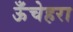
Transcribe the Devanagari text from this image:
ऊँचेहरा